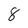
Character: 8